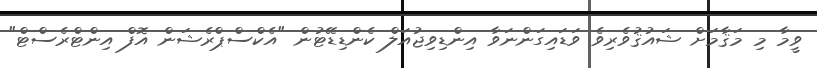
ވީމާ މި މަޤާމަށް ޝައުޤުވެރިވެ ވަޑައިގަންނަވާ އިންޑިވިޖުއަލް ކެންޑިޑޭޓުން "އެކްސްޕްރެޝަން އޮފް އިންޓްރެސްޓް"